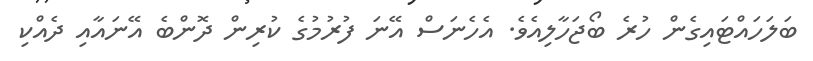
ބަލަހައްޓައިގެން ހުރެ ބޯޖަހާލިއެވެ. އެހެނަސް އޭނަ ފުރުމުގެ ކުރިން ދޮންބެ އޭނައާއި ދެއްކި